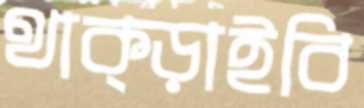
থাক্‌ড়াইবি